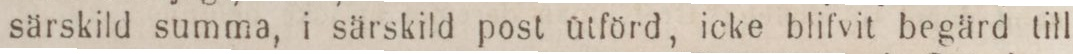
särskild summa, i särskild post utförd, icke blifvit begärd till